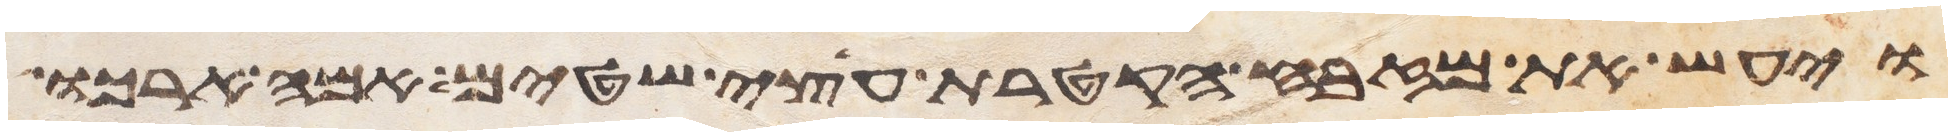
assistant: ויעש את מזבח הקטרת עצי שטים אמה ארכו